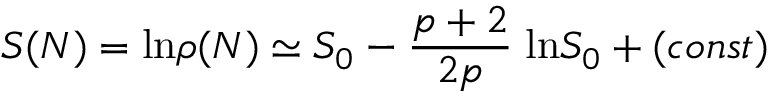
S ( N ) = \mathrm { l n } \rho ( N ) \simeq S _ { 0 } - \frac { p + 2 } { 2 p } \; \mathrm { l n } S _ { 0 } + ( c o n s t )